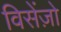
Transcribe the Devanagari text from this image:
विसेंज़ो